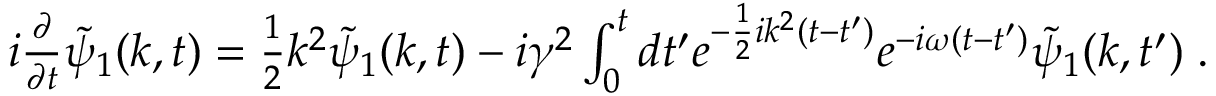
\begin{array} { r } { i \frac { \partial } { \partial t } \widetilde { \psi } _ { 1 } ( k , t ) = \frac { 1 } { 2 } k ^ { 2 } \widetilde { \psi } _ { 1 } ( k , t ) - i \gamma ^ { 2 } \int _ { 0 } ^ { t } d t ^ { \prime } e ^ { - \frac { 1 } { 2 } i k ^ { 2 } ( t - t ^ { \prime } ) } e ^ { - i \omega ( t - t ^ { \prime } ) } \widetilde { \psi } _ { 1 } ( k , t ^ { \prime } ) \; . } \end{array}